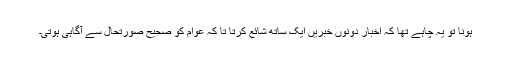
ہونا تو یہ چاہے تھا کہ اخبار دونوں خبریں ایک ساتھ شائع کرتا تا کہ عوام کو صحیح صورتحال سے آگاہی ہوتی۔